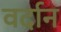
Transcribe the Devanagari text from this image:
वर्दान